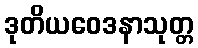
ဒုတိယဝေဒနာသုတ္တ